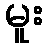
မူး